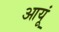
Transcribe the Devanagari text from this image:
आयूं